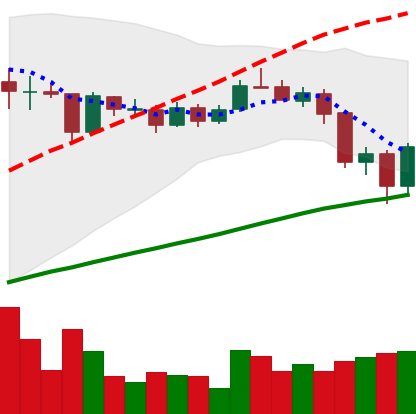
Ticker: LINK-USD
Chart end date: 2020-09-06
Forward return: -3.192%
Label: down_3_5